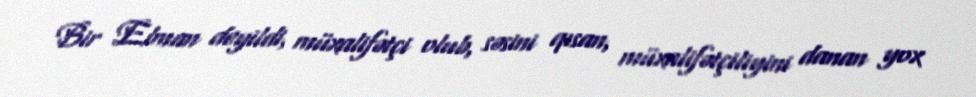
Bir Elman deyildi, müxalifətçi olub, səsini qısan, müxalifətçiliyini danan yox